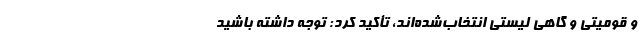
و قومیتی و گاهی لیستی انتخاب‌شده‌اند، تأکید کرد: توجه داشته باشید